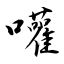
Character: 嚾